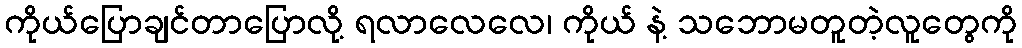
ကိုယ်ပြောချင်တာပြောလို့ ရလာလေလေ၊ ကိုယ် နဲ့ သဘောမတူတဲ့လူတွေကို